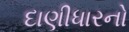
દાણીધારનો